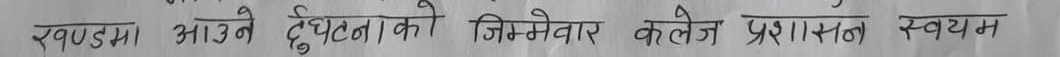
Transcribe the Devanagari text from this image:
खण्डमा आउने दुर्घटनाकी जिम्मेवार कलेज प्रशासन स्वयं